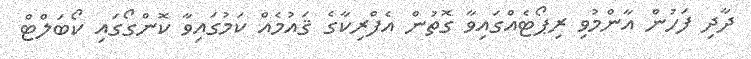
ދާދި ފަހުން އާންމުވި ރިޕޯޓެއްގައިވާ ގޮތުން އެފްރިކާގެ ޤައުމެއް ކަމުގައިވާ ކޮންގޯގައި ކޯބަލްޓް